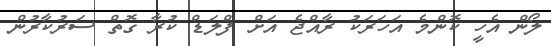
ލޯން އެހީ ކޮންމެ އަހަރަކު ރާއްޖެ އަށް ފްލަޑް ކުރާ ގޮތް ސަރުކާރުން